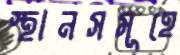
স্থানসমূহে